Report of the Bombay Plague Committee
Disease focus: Plague
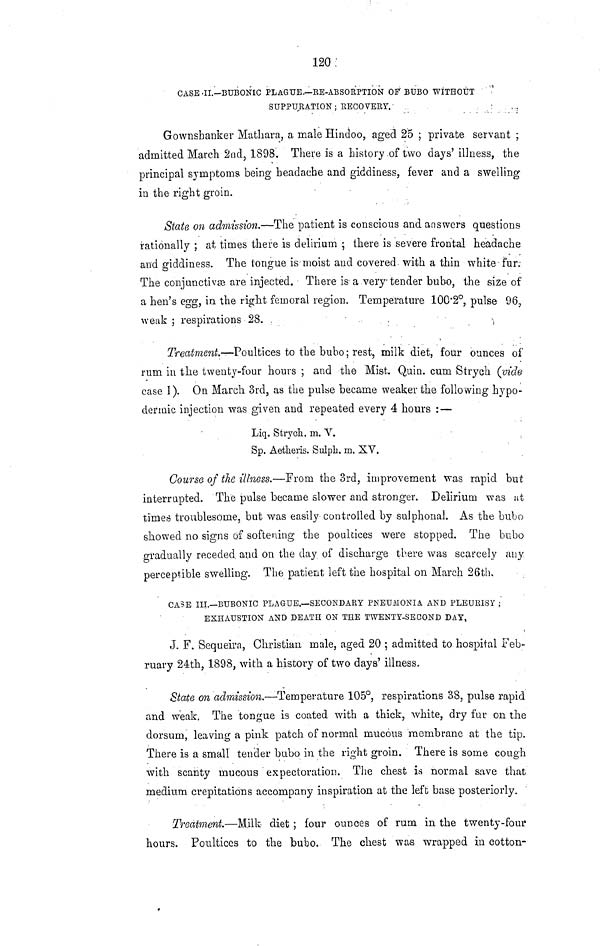
120
CASE·II.—BUBONIC PLAGUE.—RE-ABSORPTION OF BUBO WITHOUT
SUPPURATION ; RECOVERY.
Gownsbanker Mathara, a male Hindoo, aged 25 ; private servant ;
admitted March 2nd, 1898. There is a history of two days' illness, the
principal symptoms being headache and giddiness, fever and a swelling
in the right groin.
State on admission.—The patient is conscious and answers questions
rationally ; at times there is delirium ; there is severe frontal headache
and giddiness. The tongue is moist and covered with a thin white fur:
The conjunctiva are injected. There is a very tender bubo, the size of
a hen's egg, in the right femoral region. Temperature 1002°, pulse 96,
weak ; respirations 28.
Treatment.—Poultices to the bubo ; rest, milk diet, four ounces of
rum in the twenty-four hours ; and the Mist. Quin. cum Strych (vide
case I). On March 3rd, as the pulse became weaker the following hypo-
dermic injection was given and repeated every 4 hours :—
Liq. Strych. m. V.
Sp. Aetheris. Sulph. m. XV.
Course of the illness.—From the 3rd, improvement was rapid but
interrupted. The pulse became slower and stronger. Delirium was at
times troublesome, but was easily controlled by sujphonal. As the bubo
showed no signs of softening the poultices were stopped. The bubo
gradually receded, and on the day of discharge there was scarcely any
perceptible swelling. The patient left the hospital on March 26th,
CASE III.—BUBONIC PLAGUE.—SECONDARY PNEUMONIA AND PLEURISY ;
EXHAUSTION AND DEATH ON THE TWENTY-SECOND DAY,
J. F. Sequeira, Christian male, aged 20 ; admitted to hospital Feb-
ruary 24th, 1898, with a history of two days' illness.
State on admission.—Temperature 105°, respirations 38, pulse rapid
and weak. The tongue is coated with a thick, white, dry fur on the
dorsum, leaving a pink patch of normal mucous membrane at the tip.
There is a small tender bubo in the right groin. There is some cough
with scanty mucous expectoration. The chest is normal save that
medium crepitations accompany inspiration at the left base posteriorly.
Treatment.—Milk- diet ; four ounces of rum in the twenty-four
hours. Poultices to the bubo. The chest was wrapped in cotton-